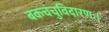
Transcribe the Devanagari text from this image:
बकचंचुविदारणः।